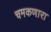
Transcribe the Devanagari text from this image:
चमकणारा